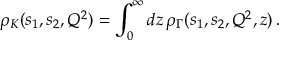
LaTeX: \rho _ { K } ( s _ { 1 } , s _ { 2 } , Q ^ { 2 } ) = \int _ { 0 } ^ { \infty } d z \, \rho _ { \Gamma } ( s _ { 1 } , s _ { 2 } , Q ^ { 2 } , z ) \, .